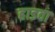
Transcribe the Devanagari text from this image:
हाडवा